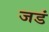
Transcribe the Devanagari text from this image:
जडं